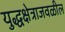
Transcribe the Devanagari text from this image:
युद्धक्षेत्राजवळील